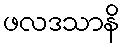
ဖလဒသာနိ